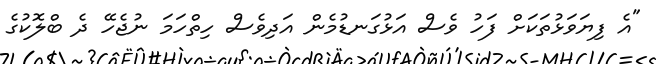
"އެ ފިޔަވަޅުތަކަށް ފަހު ވެސް އަޅުގަނޑުމެން އަދިވެސް ހިތްހަމަ ނުޖެހޭ ދެ ބްލޮކުގެ